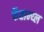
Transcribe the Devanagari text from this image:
फेंतान्य्ल